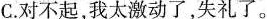
C.对不起，我太激动了，失礼了。